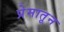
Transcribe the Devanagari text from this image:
प्रेमातून